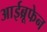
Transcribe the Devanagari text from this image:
आईब्रूफेन